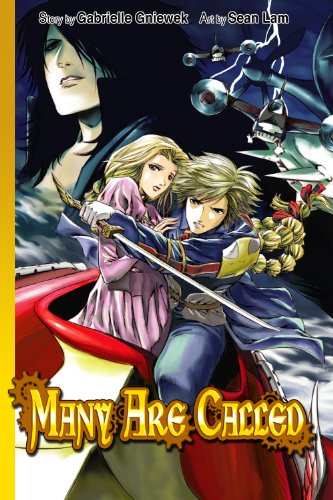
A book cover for Many Are Called; Gabrielle Gniewek; Comics & Graphic Novels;